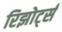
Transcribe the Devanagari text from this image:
रिझोर्ट्स